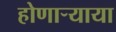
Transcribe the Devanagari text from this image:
होणार्‍याया